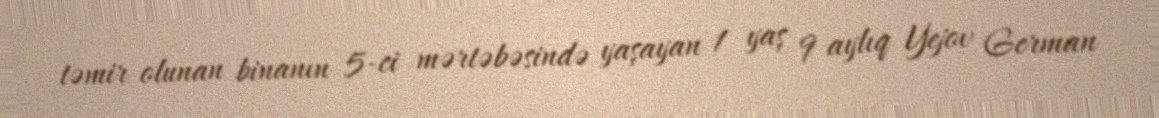
təmir olunan binanın 5-ci mərtəbəsində yaşayan 1 yaş 9 aylıq Yejov German